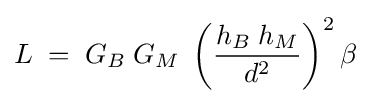
L\;=\;G_{B}\;G_{M}\;\left({\frac {h_{B}\;h_{M}}{d^{2}}}\right)^{2}\beta